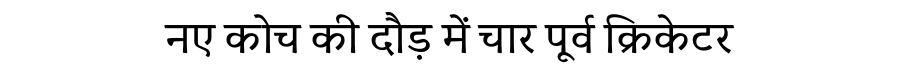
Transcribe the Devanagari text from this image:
नए कोच की दौड़ में चार पूर्व क्रिकेटर